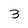
Character: 3